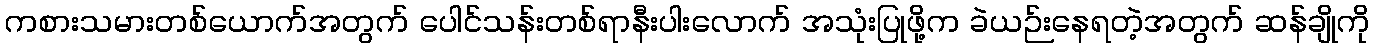
ကစားသမားတစ်ယောက်အတွက် ပေါင်သန်းတစ်ရာနီးပါးလောက် အသုံးပြုဖို့က ခဲယဉ်းနေရတဲ့အတွက် ဆန်ချိုကို